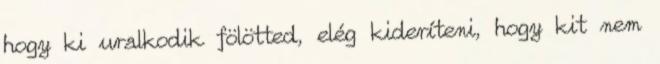
hogy ki uralkodik fölötted, elég kideríteni, hogy kit nem